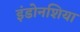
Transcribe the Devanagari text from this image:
इंडोनशिया